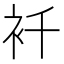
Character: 𧘜